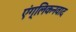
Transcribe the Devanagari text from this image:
एंग्लिकनवाद